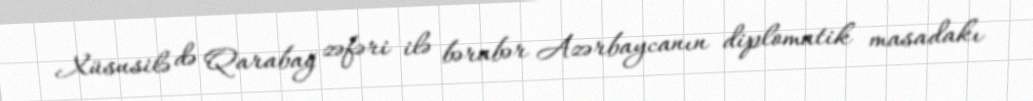
Xüsusilə də Qarabağ zəfəri ilə bərabər Azərbaycanın diplomatik masadakı